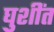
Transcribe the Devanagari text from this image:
घुशींत